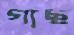
গাছ